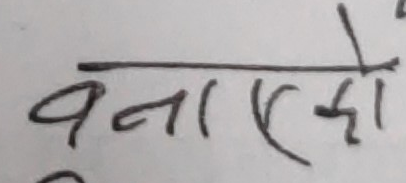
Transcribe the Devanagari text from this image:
बनाएको